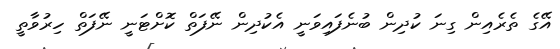
އޭގެ ތެރެއިން ގިނަ ކުދިން ބުނެފައިވަނީ އެކުދިން ނޭފަތް ކޮށްޓަނީ ނޭފަތް ހިރުވާތީ